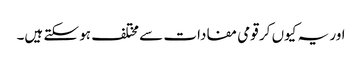
اور یہ کیوں کر قومی مفادات سے مختلف ہو سکتے ہیں۔